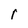
Character: r